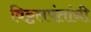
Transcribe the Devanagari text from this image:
विठ्ठलपंतांनी